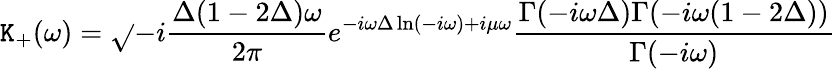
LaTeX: \mathtt{K}_{+}(\omega)=\sqrt{}{{-i\frac{{\Delta(1-2\Delta)\omega}}{{2\pi}}}}e^{-i\omega\Delta\ln(-i\omega)+i\mu\omega}\frac{{\Gamma(-i\omega\Delta)\Gamma(-i\omega(1-2\Delta))}}{{\Gamma(-i\omega)}}